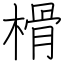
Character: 榾